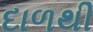
દાળથી